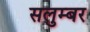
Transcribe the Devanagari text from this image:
सलुम्‍बर